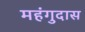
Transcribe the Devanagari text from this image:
महंगुदास